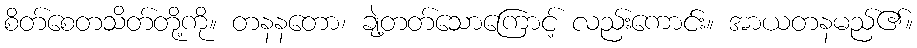
စိတ်စေတသိတ်တို့ကို။ တနနတော၊ ချဲ့တတ်သောကြောင့် လည်းကောင်း။ အာယတနမည်၏။